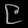
Digit: ၉